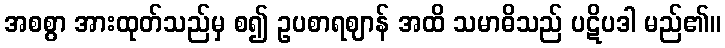
အစစွာ အားထုတ်သည်မှ စ၍ ဥပစာရဈာန် အထိ သမာဓိသည် ပဋိပဒါ မည်၏။